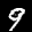
Label: 9